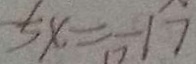
5 x = - 1 7